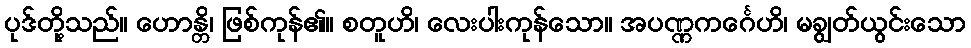
ပုဒ်တို့သည်။ ဟောန္တိ၊ ဖြစ်ကုန်၏။ စတူဟိ၊ လေးပါးကုန်သော။ အပဏ္ဏကင်္ဂေဟိ၊ မချွတ်ယွင်းသော